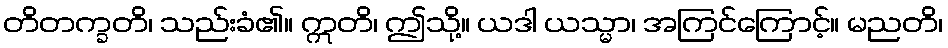
တိတက္ခတိ၊ သည်းခံ၏။ ဣတိ၊ ဤသို့။ ယဒါ ယသ္မာ၊ အကြင်ကြောင့်။ မညတိ၊